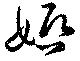
婚